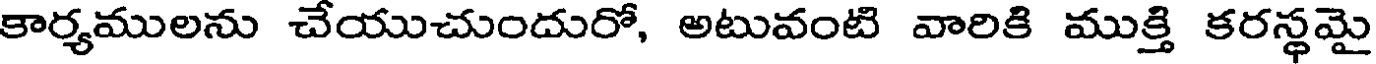
కార్యములను చేయుచుందురో, అటువంటి వారికి ముక్తి కరస్థమై